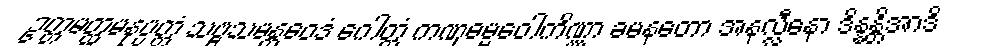
ဥတ္တမတ္ထမနုပ္ပတ္တံ သဗ္ဗသမန္တဝေဒံ ဂေါတ္တံ ကဏှဓမ္မဝေါကိဏ္ဏာ ခမနတော အနလ္လီနော ဒိန္နန္တိအာဒိ